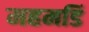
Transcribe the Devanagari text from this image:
महमडिं